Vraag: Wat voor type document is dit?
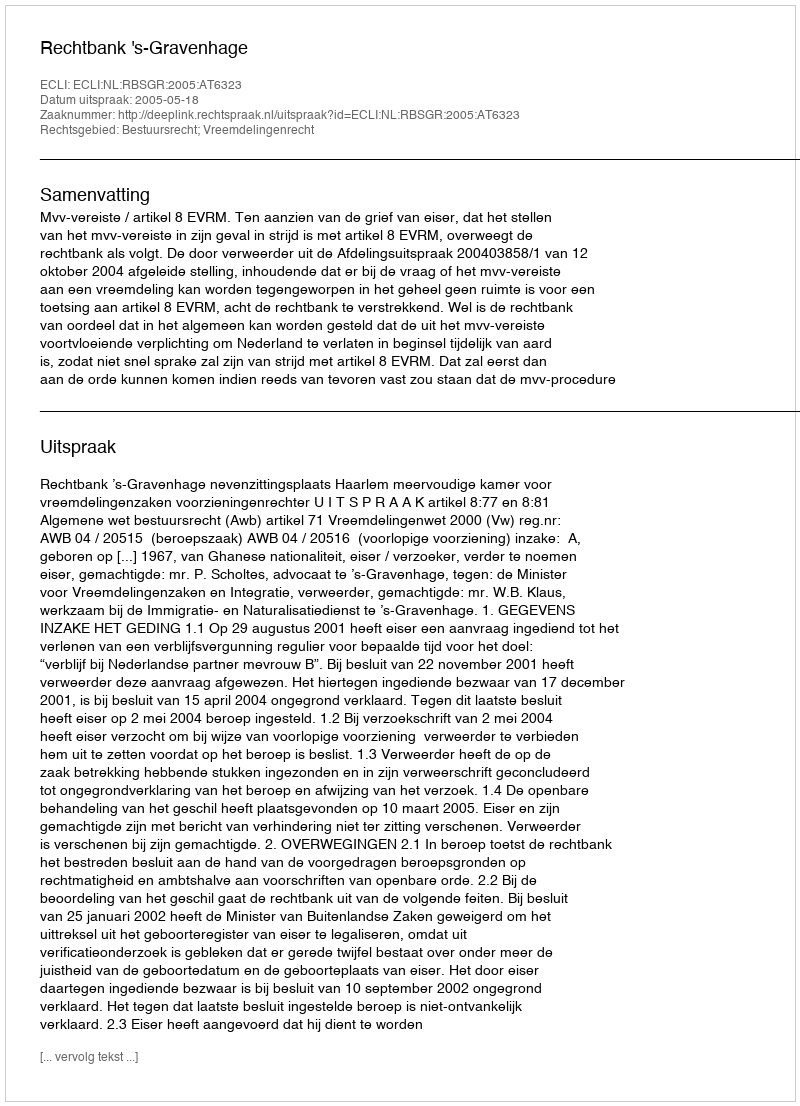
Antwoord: Uitspraak